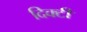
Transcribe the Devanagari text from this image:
दिक्टी